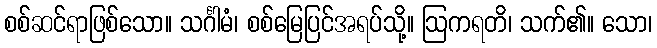
စစ်ဆင်ရာဖြစ်သော။ သင်္ဂါမံ၊ စစ်မြေပြင်အရပ်သို့။ ဩကရတိ၊ သက်၏။ သော၊